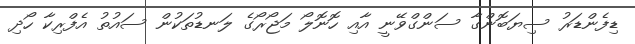
ޑިފެންޑަރު ސިޔަބޮންގާ ސަންގްވޭނީ އާއި ހޮނޮލޯ މަޖޯރޯގެ ލަނޑުތަކުން ސައުތު އެފްރިކާ ހޯދި